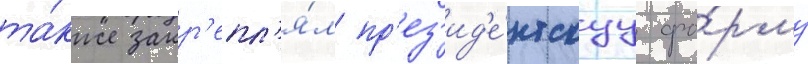
та́кже закр'епл'я́л пр'ез'ид'е́нтскуу фо́рму